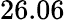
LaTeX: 26.06